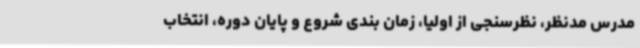
مدرس مدنظر، نظرسنجی از اولیا، زمان بندی شروع و پایان دوره، انتخاب